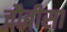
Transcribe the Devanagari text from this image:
चौबीसा